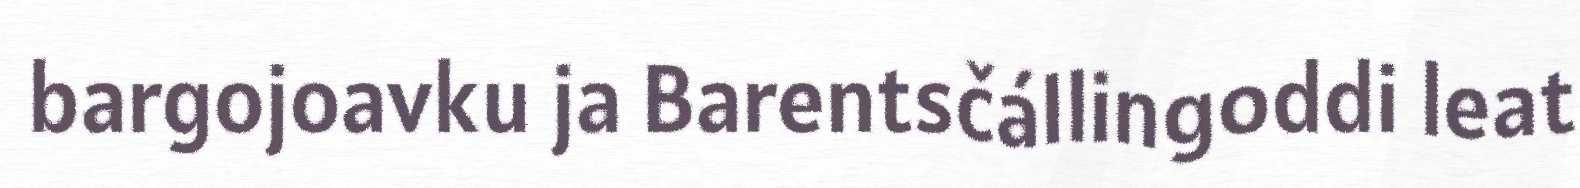
bargojoavku ja Barentsčállingoddi leat